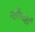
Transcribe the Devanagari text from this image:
नहीं।यहाँ